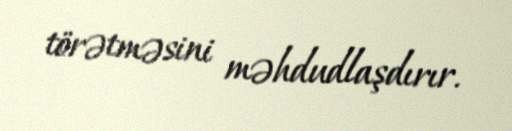
törətməsini məhdudlaşdırır.